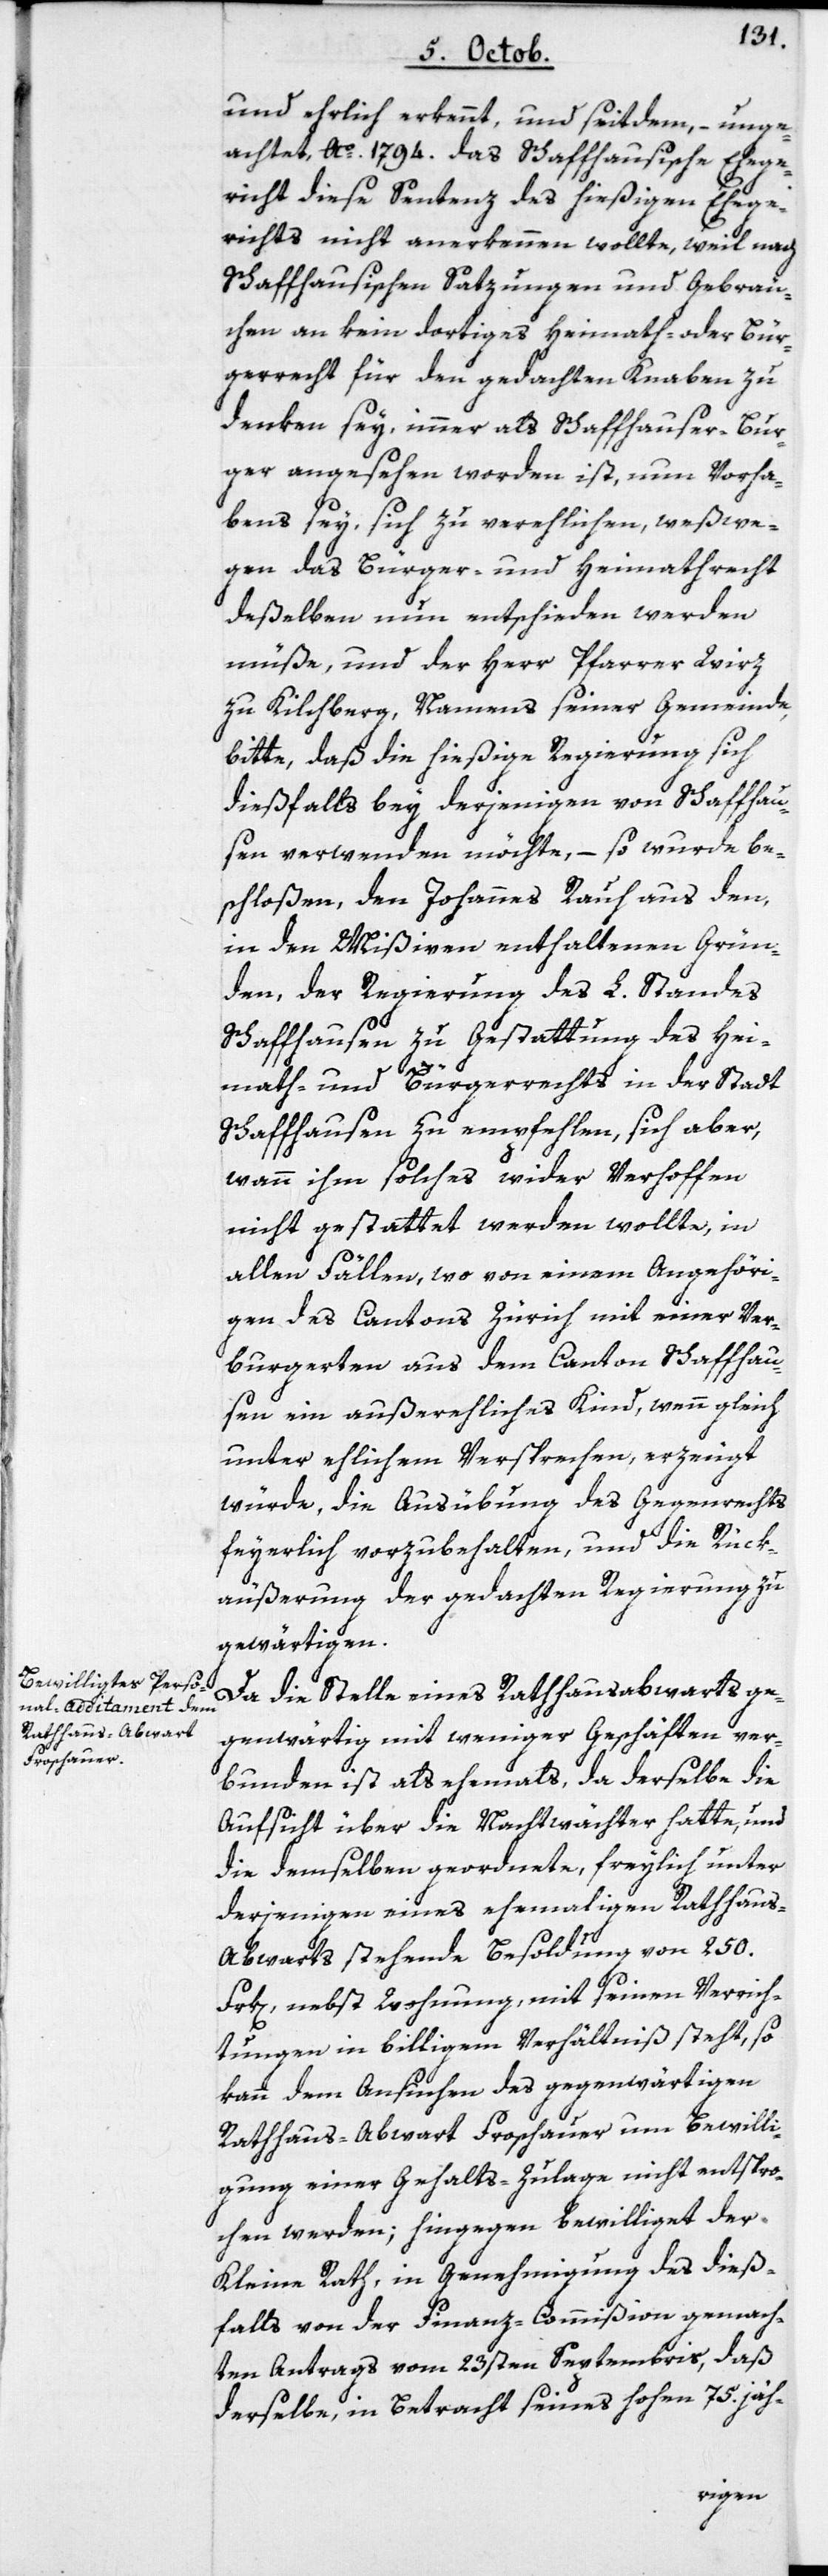
und ehrlich erkennt, und seitdem, – unge¬
achtet Ao. 1794. das Schaffhausische Ehege¬
richt diese Sentenz des hießigen Ehege¬
richts nicht anerkennen wollte, weil nach
Schaffhausischen Satzungen und Gebräu¬
chen an kein dortiges Heimath- oder Bür¬
gerrecht für den gedachten Knaben zu
denken sey, immer als Schaffhauser-Bür¬
ger angesehen worden ist, nun Vorha¬
bens sey, sich zu verehlichen, weßwe¬
gen das Bürger- und Heimathrecht
deßelben nun entschieden werden
müße, und der Herr Pfarrer Wirz
zu Kilchberg, Namens seiner Gemeinde
bitte, daß die hießige Regierung sich
dießfalls bey derjenigen von Schaffhau¬
sen verwenden möchte, – so wurde be¬
schloßen, den Johannes Rauh aus den,
in den Mißiven enthaltenen Grün¬
den, der Regierung des L. Standes
Schaffhausen zu Gestattung des Hei¬
math- und Bürgerrechts in der Stadt
Schaffhausen zu empfehlen, sich aber,
wann ihm solches wider Verhoffen
nicht gestattet werden wollte, in
allen Fällen, wo von einem Angehöri¬
gen des Cantons Zürich mit einer Ver¬
burgerten aus dem Canton Schaffhau¬
sen ein außerehliches Kind, wenngleich
unter ehlichem Versprechen erzeugt
würde, die Ausübung des Gegenrechts
feyerlich vorzubehalten, und die Rück¬
äußerung der gedachten Regierung zu
gewärtigen.
Da die Stelle eines Rathausabwarts ge¬
genwärtig mit weniger Geschäften ver¬
bunden ist als ehemahls, da derselbe die
Aufsicht über die Nachtwächter hatte, und
die demselben geordnete, freylich unter
derjenigen eines ehemahligen Rathhau¬
s-Abwarts stehende Besoldung von 250.
Frk[en]., nebst Wohnung mit seinen Verrich¬
tungen in billigem Verhältniß steht, so
kann dem Ansuchen des gegenwärtigen
Rathhaus-Abwart Froschauer um Bewilli¬
gung einer Gehalts-Zulage nicht entspro¬
chen werden; hingegen bewilliget der
Kleine Rath, in Genehmigung des dieß¬
falls von der Finanz-Commißion gemach¬
ten Antrags vom 23sten Septembris, daß
derselbe, in Betracht seines hohen 75. jäh-